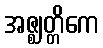
အဇ္ဈတ္တိကေ